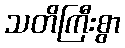
သတိကြီးစွာ